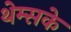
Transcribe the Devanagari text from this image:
थेम्सके